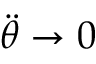
{ \ddot { \theta } } \to 0